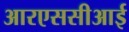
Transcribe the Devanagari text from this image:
आरएससीआई